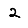
Digit: 2